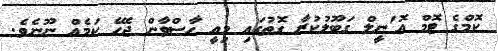
ކޮމްގެ ޓޮމް އޮ'ނީލް ގަބޫލުކުރާ ގޮތުގައި މިއީ ހާސްވާން ޖެހޭ ކަމެއް ނޫނެވެ.